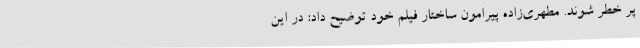
پر خطر شوند. مطهری‌زاده پیرامون ساختار فیلم خود توضیح داد: در این